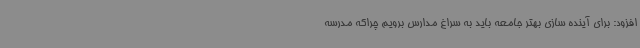
افزود: برای آینده سازی بهتر جامعه باید به سراغ مدارس برویم چراکه مدرسه